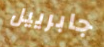
جابرييل